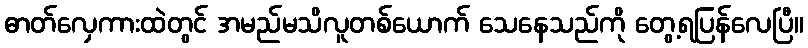
ဓာတ်လှေကားထဲတွင် အမည်မသိလူတစ်ယောက် သေနေသည်ကို တွေ့ရပြန်လေပြီ။